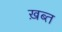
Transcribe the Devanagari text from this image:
ख़ब्त